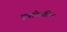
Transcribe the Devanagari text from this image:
एयरोनॉटिक